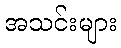
အသင်းများ